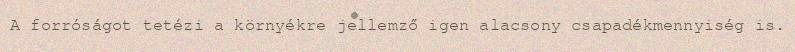
A forróságot tetézi a környékre jellemző igen alacsony csapadékmennyiség is.